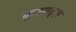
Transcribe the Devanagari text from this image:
कुआट्रज़